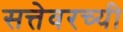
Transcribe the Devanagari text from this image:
सत्तेवरच्यी